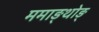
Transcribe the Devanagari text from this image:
ममाङ्थोङ्